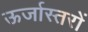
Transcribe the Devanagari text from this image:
ऊर्जास्तरों